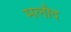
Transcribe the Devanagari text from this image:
मलौद